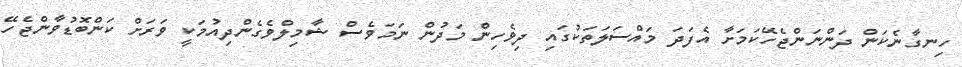
ހިނގާނެކަން ދަންނަންޖެހޭކަމަށާ އެފަދަ މައްސަލަތަކުގައި ދިވެހިން މަދުން ނަމަވެސް ޝާމިލްވެގެންދިއުމަކީ ވަރަށް ކަންބޮޑުވާންޖެހޭ